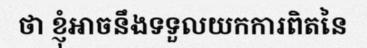
ថា ខ្ញុំអាចនឹងទទួលយកការពិតនៃ